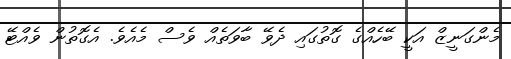
މެންގަނީޒް އަކީ ބޭހެއްގެ ގޮތުގައި ދެވޭ ބާވަތެއް ވެސް މެއެވެ. އެގޮތުން ވެއްޓޭ